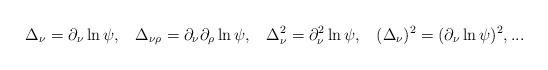
LaTeX: \begin{align*}\Delta_\nu=\partial_\nu\ln\psi,\;\;\;\Delta_{\nu\rho}=\partial_\nu\partial_\rho\ln\psi,\;\;\;\Delta_\nu^2=\partial_\nu^2\ln\psi,\;\;\;(\Delta_\nu)^2=(\partial_\nu\ln\psi)^2,...\end{align*}